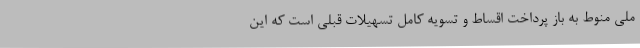
ملی منوط به باز پرداخت اقساط و تسویه کامل تسهیلات قبلی است که این